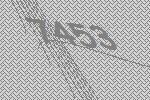
7453